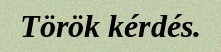
Török kérdés.